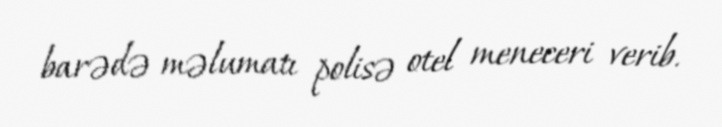
barədə məlumatı polisə otel meneceri verib.